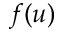
f ( u )